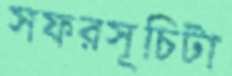
সফরসূচিটা